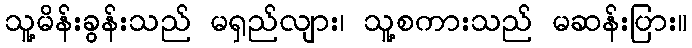
သူ့မိန်းခွန်းသည် မရှည်လျား၊ သူ့စကားသည် မဆန်းပြား။